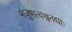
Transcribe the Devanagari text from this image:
मंजूषात्वश्वनद्याः